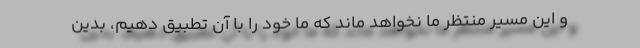
و این مسیر منتظر ما نخواهد ماند که ما خود را با آن تطبیق دهیم، بدین